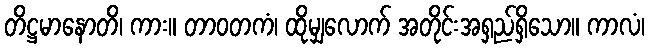
တိဋ္ဌမာနောတိ၊ ကား။ တာဝတကံ၊ ထိုမျှလောက် အတိုင်းအရှည်ရှိသော။ ကာလံ၊